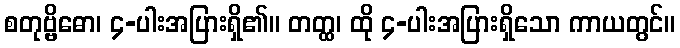
စတုဗ္ဗိဓော၊ ၄-ပါးအပြားရှိ၏။ တတ္ထ၊ ထို ၄-ပါးအပြားရှိသော ကာယတွင်။